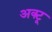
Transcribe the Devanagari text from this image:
अक्टू